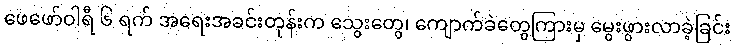
ဖေဖော်ဝါရီ ၆ ရက် အရေးအခင်းတုန်းက သွေးတွေ၊ ကျောက်ခဲတွေကြားမှ မွေးဖွားလာခဲ့ခြင်း